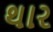
થાર